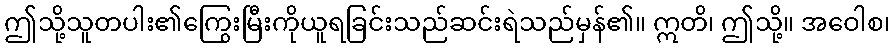
ဤသို့သူတပါး၏ကြွေးမြီးကိုယူရခြင်းသည်ဆင်းရဲသည်မှန်၏။ ဣတိ၊ ဤသို့။ အဝေါစ၊